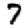
Digit: 7